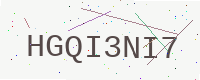
Text: HGQI3NI7